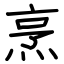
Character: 烹